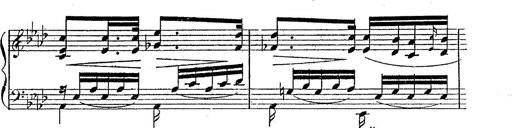
Title: 12 Lieder von Franz Schubert
Composer: Franz Liszt